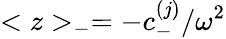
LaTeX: <z>_{-}=-c_{-}^{(j)}/\omega^{2}